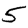
Digit: 5